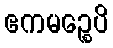
ဧကမဉ္စေပိ